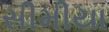
સીમીયા